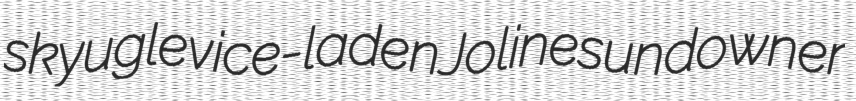
skyugle vice-laden Joline sundowner